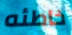
خاطئه